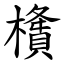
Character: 㯯